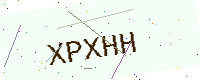
Text: XPXHH